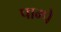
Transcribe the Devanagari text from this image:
पाम्पे